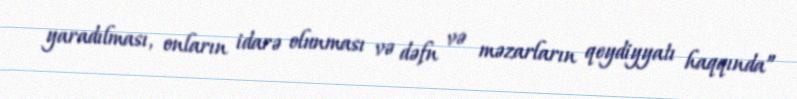
yaradılması, onların idarə olunması və dəfn və məzarların qeydiyyatı haqqında”